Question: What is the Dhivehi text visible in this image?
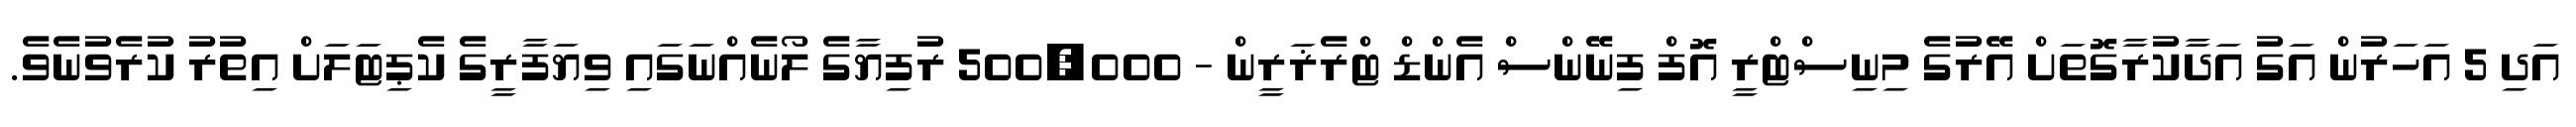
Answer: އަދި 5 އަހަރުން އަގު އަދާކުރާގޮތަށް އޭރުގެ މިނިސްޓްރީ އޮފް ފިނޭންސް އެންޑް ޓްރެޜަރީން - 500,000 ރުފިޔާގެ ލޯނެއްނަގައި ވިޔަފާރީގެ ކެޕިޓަލަށް އިތުރު ކުރެވުނެވެ.